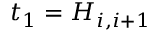
t _ { 1 } = H _ { i , i + 1 }